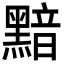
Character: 黯